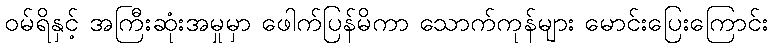
ဝမ်ရိနှင့် အကြီးဆုံးအမှုမှာ ဖေါက်ပြန်မိကာ သောက်ကုန်များ မောင်းပြေးကြောင်း